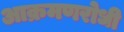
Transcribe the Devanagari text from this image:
आक्रमणरोधी